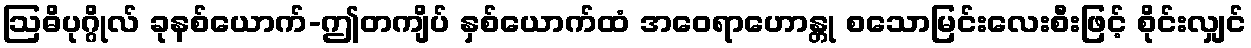
ဩဓိပုဂ္ဂိုလ် ခုနစ်ယောက်-ဤတကျိပ် နှစ်ယောက်ထံ အဝေရာဟောန္တု စသောမြင်းလေးစီးဖြင့် စိုင်းလျှင်